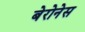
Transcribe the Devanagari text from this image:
बेरोनेस